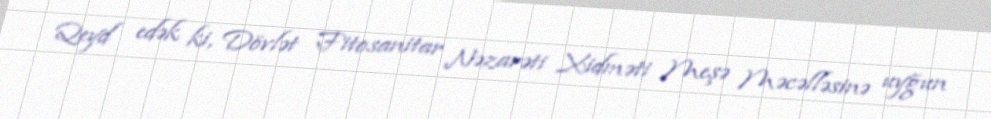
Qeyd edək ki, Dövlət Fitosanitar Nəzarəti Xidməti Meşə Məcəlləsinə uyğun